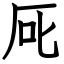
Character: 厑